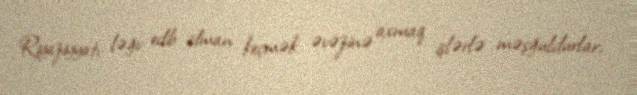
Riyaziyyatı ləğv edib idman keçmək əvəzinə axmaq işlərlə məşğuldurlar,